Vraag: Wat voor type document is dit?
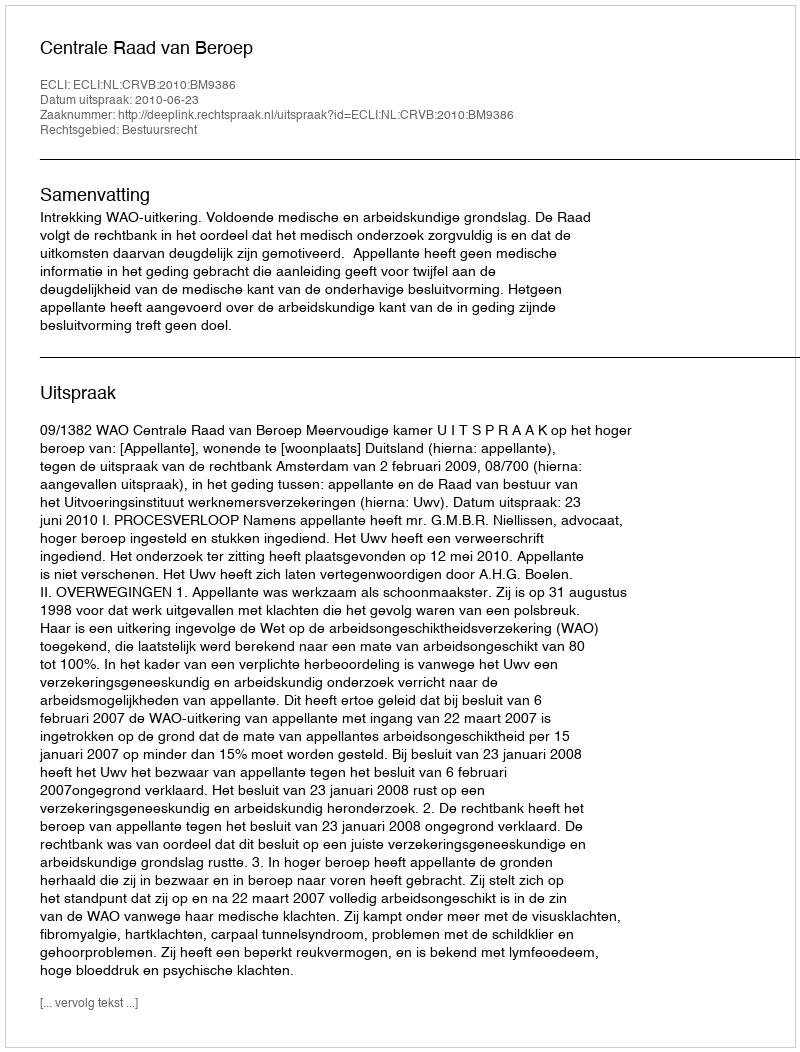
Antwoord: Uitspraak